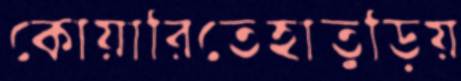
কোয়ারিতেহাতুড়িয়